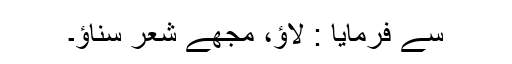
سے فرمایا : لاؤ، مجھے شعر سناؤ۔